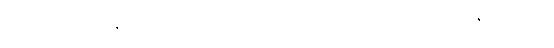
ပြီးခဲ့တဲ့ ဆယ်စုနှစ်တွေမှာ ကုန်ကျစရိတ် အတော်သက်သာလာခဲ့ပြီး နိုင်ငံတကာ